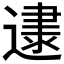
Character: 𰻌